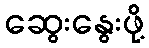
ဆွေးနွေးဖို့